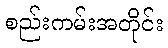
စည်းကမ်းအတိုင်း